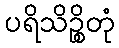
ပရိသိဉ္စိတုံ